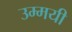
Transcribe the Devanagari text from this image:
उम्मयी